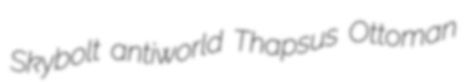
Skybolt antiworld Thapsus Ottoman